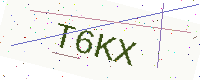
Text: T6KX